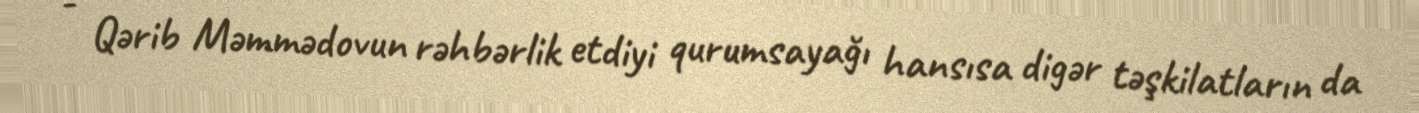
- Qərib Məmmədovun rəhbərlik etdiyi qurumsayağı hansısa digər təşkilatların da